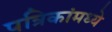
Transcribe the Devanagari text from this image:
पत्रिकांमध्ये